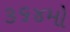
૩૬૪મો